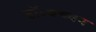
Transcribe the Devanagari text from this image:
डॉ॰बच्चन